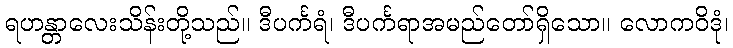
ရဟန္တာလေးသိန်းတို့သည်။ ဒီပင်္ကရံ၊ ဒီပင်္ကရာအမည်တော်ရှိသော။ လောကဝိဒုံ၊